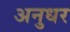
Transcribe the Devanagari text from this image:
अनुधर